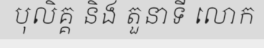
បុលិគ្គ និង តួនាទី លោក